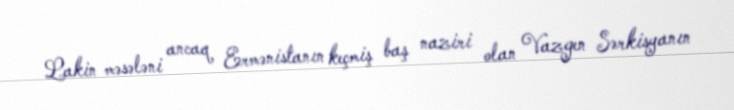
Lakin məsələni ancaq Ermənistanın keçmiş baş naziri olan Vazgen Sərkisyanın